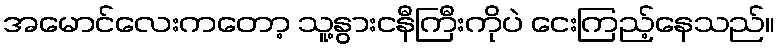
အမောင်လေးကတော့ သူ့နွားငနီကြီးကိုပဲ ငေးကြည့်နေသည်။